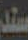
سند